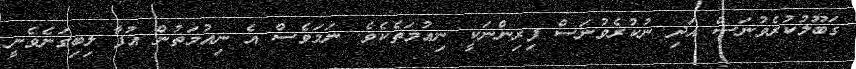
ގަބޫލުކުރެވުނަސް އަދި ނުކުރެވުނަސް ފިރިންނަކީ ނިޢުމަތެކެވެ. ނަމަވެސް އެ ނިއުމަތުން އުފާ ލިބިގަނެވެނީ